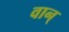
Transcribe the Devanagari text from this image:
वान्